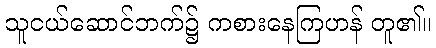
သူငယ်ဆောင်ဘက်၌ ကစားနေကြဟန် တူ၏။